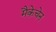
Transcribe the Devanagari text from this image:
मैकेचेन